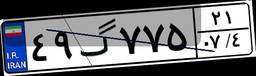
۴۹گ۲۴۹۰۹